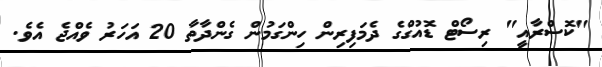
"ކޮސްރާއީ" ރިސޯޓް ޑޮއުގްގެ ދެމަފިރިން ހިންގަމުން ގެންދާތާ 20 އަހަރު ވެއްޖެ އެވެ.